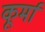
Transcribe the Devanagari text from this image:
कूर्मा